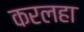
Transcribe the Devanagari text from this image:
करलहा